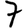
Digit: 7